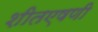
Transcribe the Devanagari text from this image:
शीतएषणी